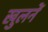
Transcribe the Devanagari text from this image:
खुलनें